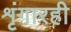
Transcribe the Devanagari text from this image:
शृंगारही